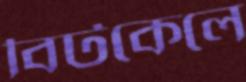
বিটকেলে